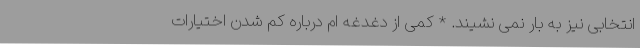
انتخابی نیز به بار نمی نشیند. * کمی از دغدغه ام درباره کم شدن اختیارات